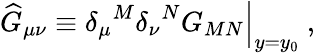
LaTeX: {\widehat G}_{\mu\nu}\equiv{\delta_{\mu}}^{M}{\delta_{\nu}}^{N}G_{MN}\Big|_{y=y_{0}}~,